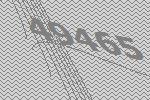
49465